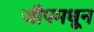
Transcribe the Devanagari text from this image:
जीपमधून